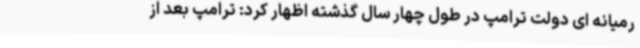
رمیانه ای دولت ترامپ در طول چهار سال گذشته اظهار کرد: ترامپ بعد از